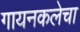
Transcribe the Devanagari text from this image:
गायनकलेचा